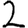
Digit: 2